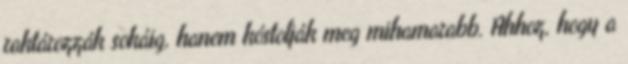
raktározzák sokáig, hanem kóstolják meg mihamarabb. Ahhoz, hogy a